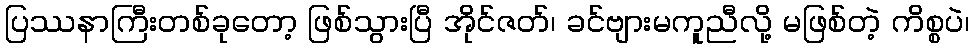
ပြဿနာကြီးတစ်ခုတော့ ဖြစ်သွားပြီ အိုင်ဇတ်၊ ခင်ဗျားမကူညီလို့ မဖြစ်တဲ့ ကိစ္စပဲ၊